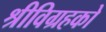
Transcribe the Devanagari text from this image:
श्रीविग्रहको